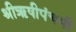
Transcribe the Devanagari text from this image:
श्रीऋषीपंचमी